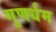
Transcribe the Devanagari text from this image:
गुणर्धम